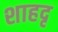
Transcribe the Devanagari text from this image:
शाहदृ